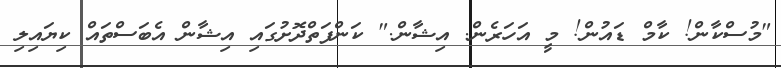
"މުސްކާން! ކާމް ޑައުން! މީ އަހަރެން. އިޝާން." ކަންފަތްދޮށުގައި އިޝާން އެބަސްތައް ކިޔައިލި